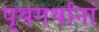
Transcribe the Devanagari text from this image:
पृथगर्थानां